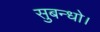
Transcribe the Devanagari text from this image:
सुबन्‍धो।